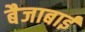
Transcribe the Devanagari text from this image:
बैजाबाई